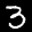
Label: 3